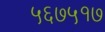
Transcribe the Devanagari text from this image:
५६७५१७